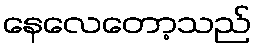
နေလေတော့သည်